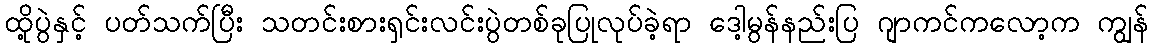
ထို့ပွဲနှင့် ပတ်သက်ပြီး သတင်းစားရှင်းလင်းပွဲတစ်ခုပြုလုပ်ခဲ့ရာ ဒေါ့မွန်နည်းပြ ဂျာကင်ကလော့က ကျွန်